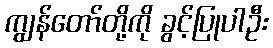
ကျွန်တော်တို့ကို ခွင့်ပြုပါဦး